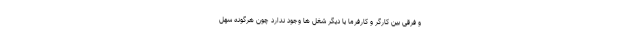
و فرقی بین کارگر و کارفرما یا دیگر شغل ها وجود ندارد چون هرگونه سهل